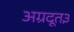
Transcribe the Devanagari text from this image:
अग्रदूत३